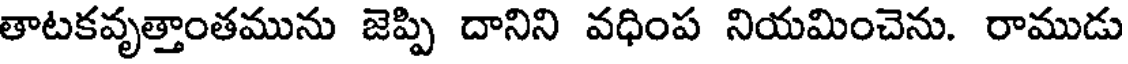
తాటకవృత్తాంతమును జెప్పి దానిని వధింప నియమించెను. రాముడు